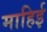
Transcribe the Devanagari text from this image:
माहिई